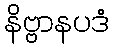
နိဗ္ဗာနပဒံ